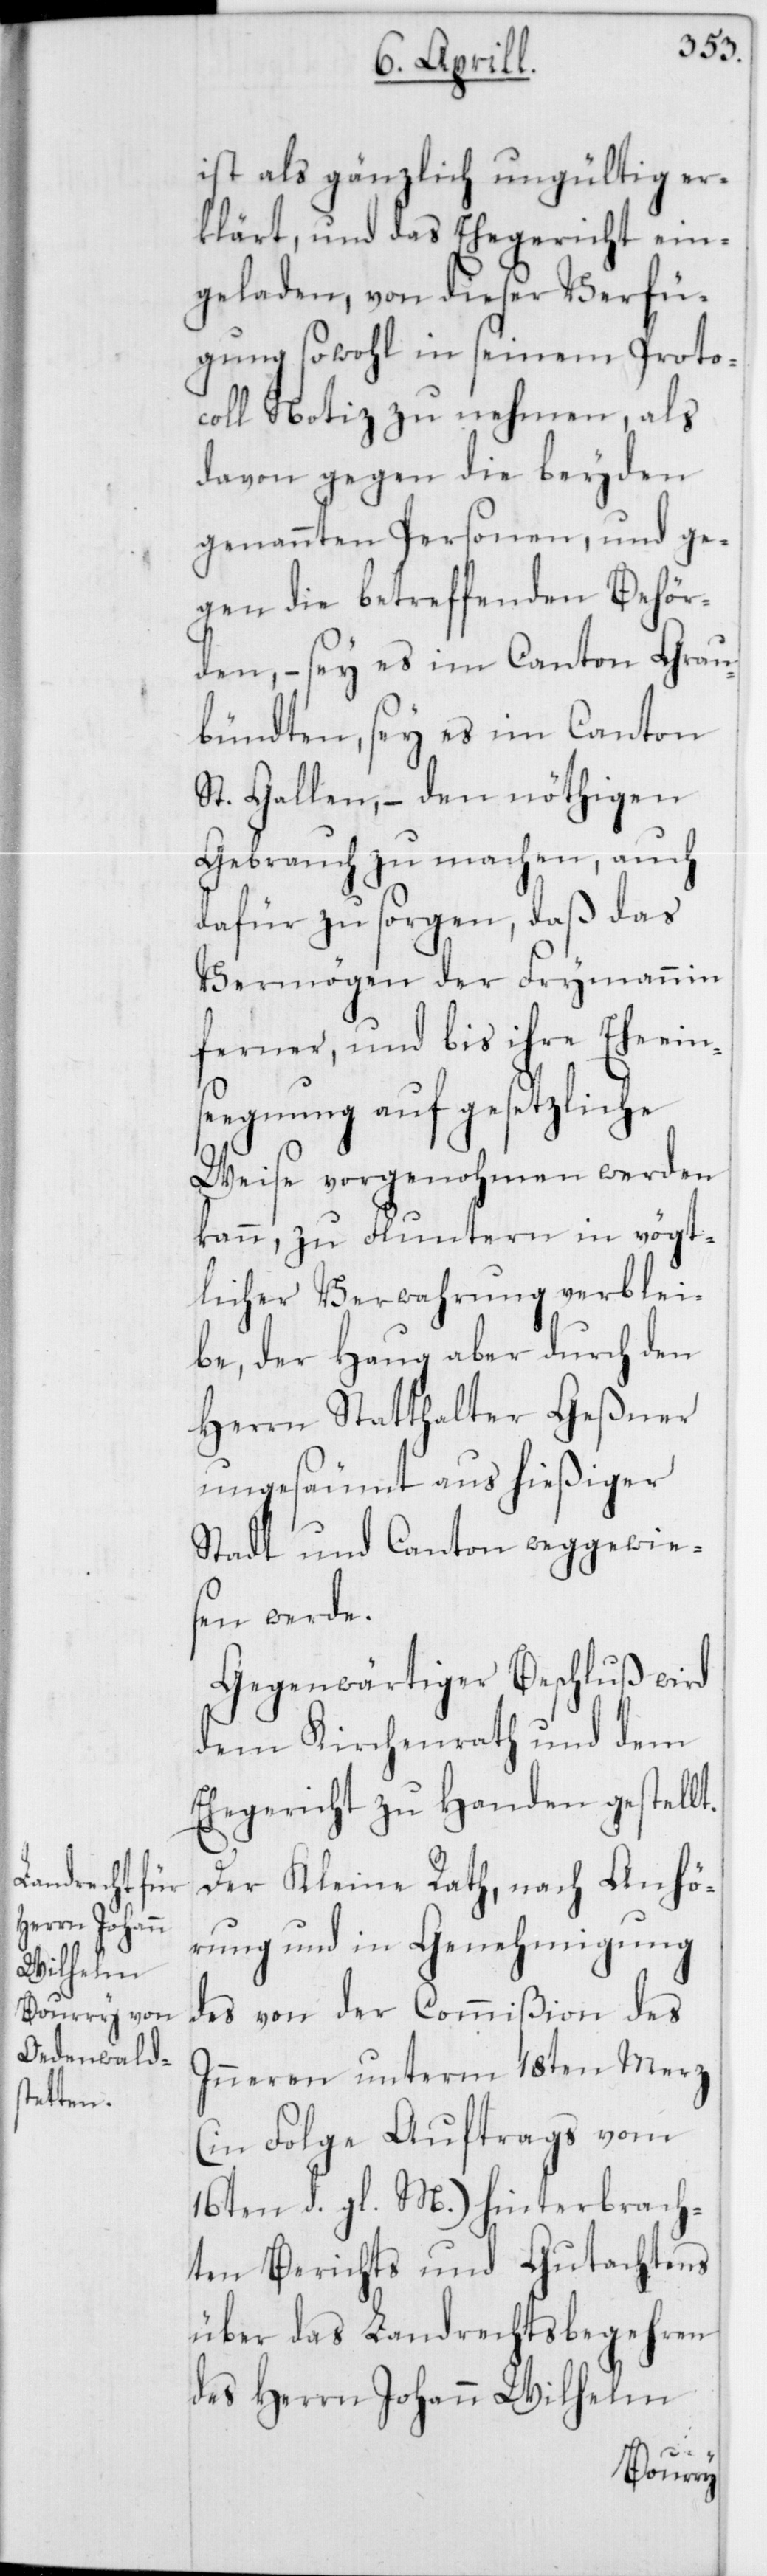
ist als gänzlich ungültig er¬
klärt, und das Ehegericht ein¬
geladen, von dieser Verfü¬
gung sowohl in seinem Proto¬
coll Notiz zu nehmen, als
davon gegen die beyden
genannten Personen, und ge¬
gen die betreffenden Behör¬
den, – sey es im Canton Grau¬
bündten, sey es im Canton
St. Gallen, – den nöthigen
Gebrauch zu machen, auch
dafür zu sorgen, daß das
Vermögen der Frymannin
ferner und bis ihre Eheein¬
segnung auf gesetzliche
Weise vorgenohmen werden
kann, zu Fluntern in vögt¬
licher Verwahrung verblei¬
be, der Haug aber durch den
Herrn Statthalter Geßner
ungesäumt aus hießiger
Stadt und Canton weggewie¬
sen werde.
Gegenwärtiger Beschluß wird
dem Kirchenrath und dem
Ehegericht zu Handen gestellt.
Der Kleine Rath, nach Anhö¬
rung und in Genehmigung
des von der Commißion des
Inneren unterm 18ten Merz
(in Folge Auftrags vom
16ten d. gl. M.) hinterbrach¬
ten Berichts und Gutachtens
über das Landrechtsbegehren
des Herrn Johann Wilhelm